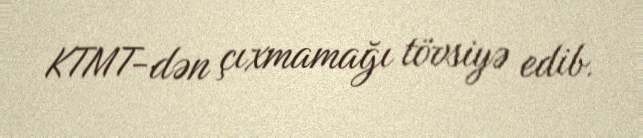
KTMT-dən çıxmamağı tövsiyə edib.